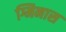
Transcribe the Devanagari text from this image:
ग्मिनास